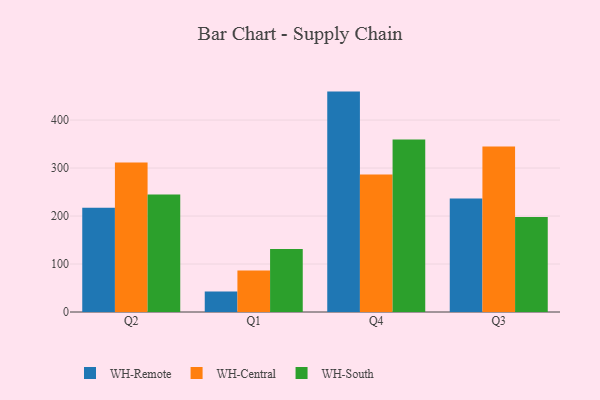
{"axis": {"x": "Quarter", "y": "Headcount"}, "legend": ["WH-Central", "WH-Remote", "WH-South"], "data": [{"x": "Q2", "y": 217.1, "type": "WH-Remote"}, {"x": "Q2", "y": 311.8, "type": "WH-Central"}, {"x": "Q2", "y": 244.8, "type": "WH-South"}, {"x": "Q1", "y": 42.9, "type": "WH-Remote"}, {"x": "Q1", "y": 86.3, "type": "WH-Central"}, {"x": "Q1", "y": 131.5, "type": "WH-South"}, {"x": "Q4", "y": 459.3, "type": "WH-Remote"}, {"x": "Q4", "y": 286.5, "type": "WH-Central"}, {"x": "Q4", "y": 359.4, "type": "WH-South"}, {"x": "Q3", "y": 236.4, "type": "WH-Remote"}, {"x": "Q3", "y": 345.1, "type": "WH-Central"}, {"x": "Q3", "y": 197.9, "type": "WH-South"}]}